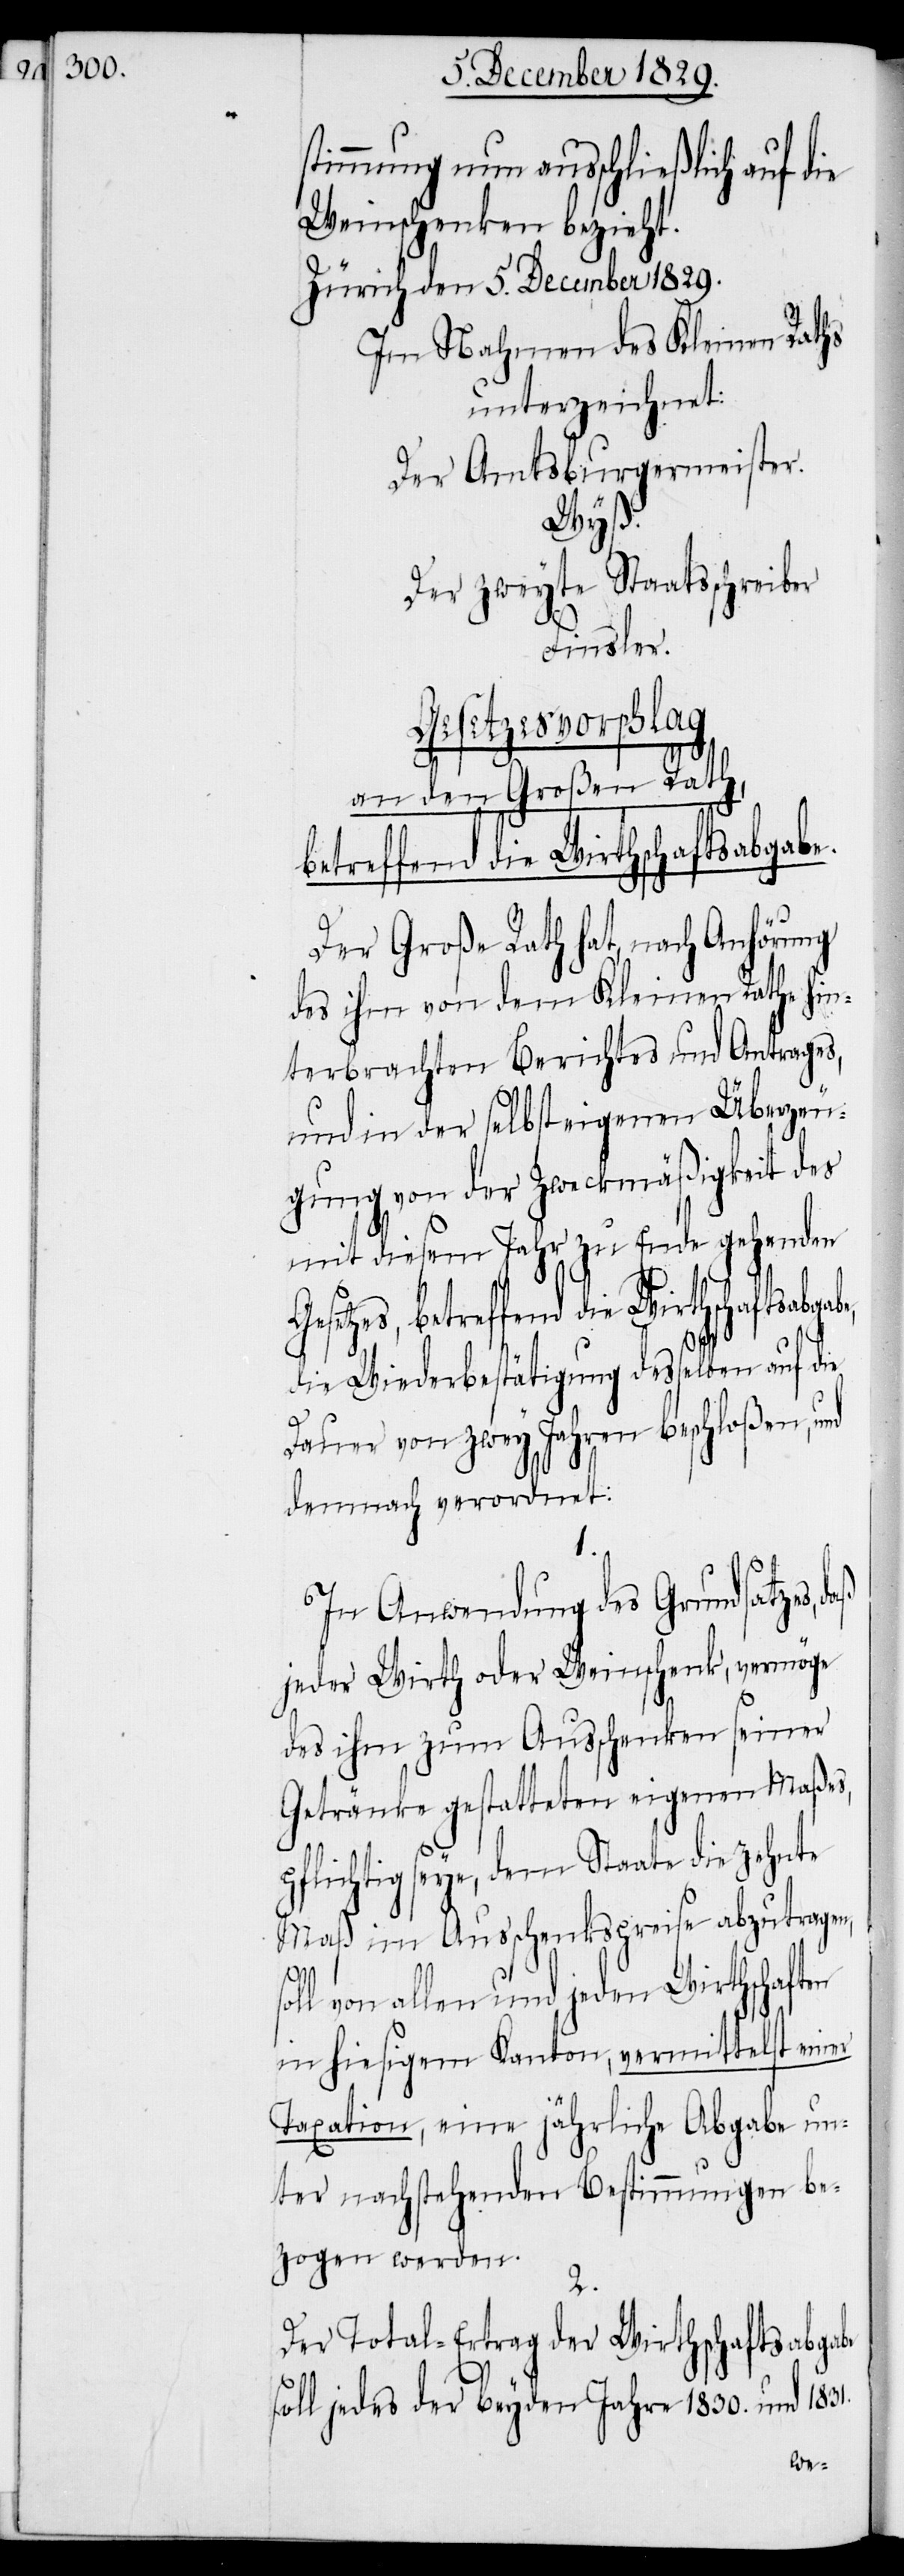
stimmung nun ausschließlich auf die
Weinschenken bezieht.
Zürich den 5. December 1829.
Im Nahmen des Kleinen Raths
unterzeichnet:
Der Amtsburgermeister.
Wyß.
Der zweyte Staatsschreiber
Finsler.
Gesetzesvorschlag
an den Großen Rath,
betreffend die Wirthschaftsabgabe,
Der Große Rath hat, nach Anhörung
des ihm von dem Kleinen Rathe hin¬
terbrachten Berichtes und Antrages,
und in der selbst eigenen Überzeu¬
gung von der Zweckmäßigkeit des
mit diesem Jahr zu Ende gehenden
die Wiederbestätigung desselben auf die
Dauer von zwey Jahren beschloßen, und
demnach verordnet:
1.
In Anwendung des Grundsatzes, daß
jeder Wirth oder Weinschenk, vermöge
des ihm zum Ausschenken seiner
Getränke gestatteten eigenen Maßes,
pflichtig seye, dem Staate die zehnte
Maß im Ausschenkspreise abzutragen,
s¬
oll von allen und jeden Wirthschaften
in hiesigem Kanton, vermittelst einer
Taxation, eine jährliche Abgabe un¬
ter nachstehenden Bestimmungen be¬
zogen werden.
2.
Der Total-Ertrag der Wirthschaftsabgabe
soll jedes der beyden Jahre 1830. und 1831.